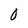
Character: 0